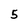
Character: 5